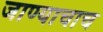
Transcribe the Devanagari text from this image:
जाण्याचाच